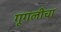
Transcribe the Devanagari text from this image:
गूगलीचा